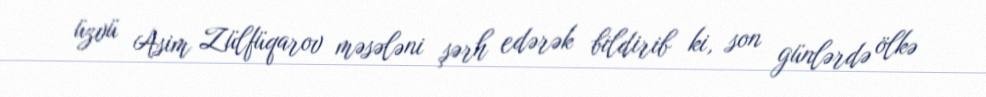
üzvü Asim Zülfüqarov məsələni şərh edərək bildirib ki, son günlərdə ölkə